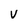
Character: V